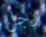
رجل